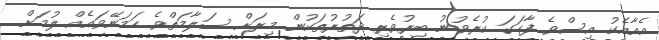
އެއާއެކު އިސްވެ ފާހަގަ ކުރެވުނު ބިރުވެރި ދަތުރުތަކުން މިރަށް ސަލާމަތްވެ ހަމަނޭވައެއް ލުމަށް